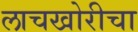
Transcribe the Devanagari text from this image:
लाचखोरीचा